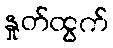
နှုတ်ထွက်